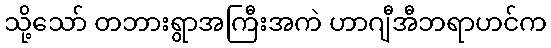
သို့သော် တဘားရွာအကြီးအကဲ ဟာဂျီအီဘရာဟင်က